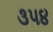
૩૫૪